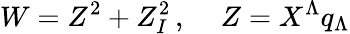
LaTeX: W=Z^{2}+Z_{I}^{2}\, ,\quad\, Z=X^{\Lambda}q_{\Lambda}